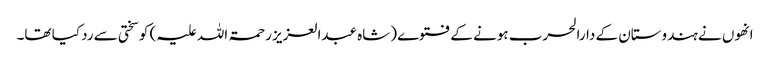
انھوں نے ہندوستان کے دارالحرب ہونے کے فتوے (شاہ عبدالعزیز رحمۃ اللہ علیہ) کو سختی سے رد کیا تھا۔